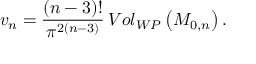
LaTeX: v _ { n } = \frac { ( n - 3 ) ! } { \pi ^ { 2 ( n - 3 ) } } \, V o l _ { W P } \left( { \cal M } _ { 0 , n } \right) .